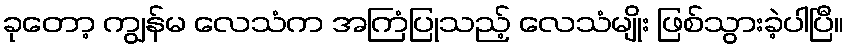
ခုတော့ ကျွန်မ လေသံက အကြံပြုသည့် လေသံမျိုး ဖြစ်သွားခဲ့ပါပြီ။